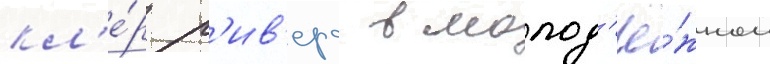
кл'е́р р'ив'ерс в молод'ё́жном